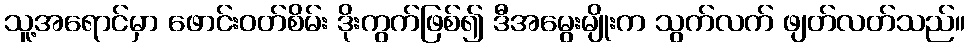
သူ့အရောင်မှာ ဖောင်းဝတ်စိမ်း ဒိုးကွက်ဖြစ်၍ ဒီအမွေးမျိုးက သွက်လက် ဖျတ်လတ်သည်။